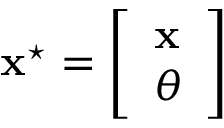
\mathbf { x } ^ { \star } = \left[ \begin{array} { l } { \mathbf { x } } \\ { \theta } \end{array} \right]